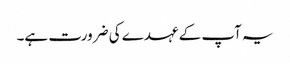
یہ آپ کے عہدے کی ضرورت ہے۔